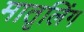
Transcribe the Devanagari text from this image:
मातृलिंग